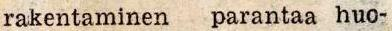
rakentaminen parantaa huo-